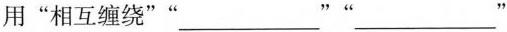
用”相互缠绕””___””___”